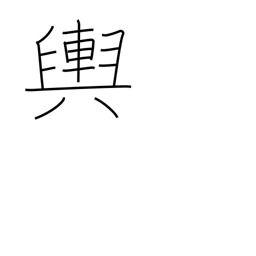
Meaning: the earth